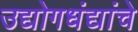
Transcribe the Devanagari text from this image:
उद्योगधंद्यांचे